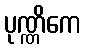
ပုဏ္ဏိကေ